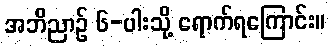
အဘိညာဉ် ၆-ပါးသို့ ရောက်ရကြောင်း။